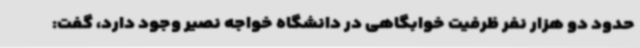
حدود دو هزار نفر ظرفیت خوابگاهی در دانشگاه خواجه نصیر وجود دارد، گفت: